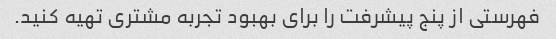
فهرستی از پنج پیشرفت را برای بهبود تجربه مشتری تهیه کنید.